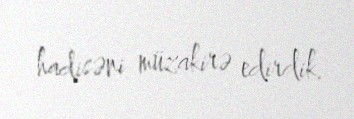
hadisəni müzakirə edirdik.